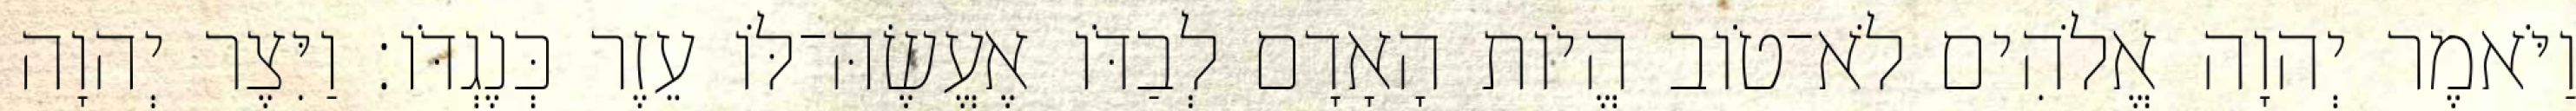
וַיֹּאמֶר יְהוָה אֱלֹהִים לֹא־טֹוב הֱיֹות הָאָדָם לְבַדֹּו אֶעֱשֶׂהּ־לֹּו עֵזֶר כְּנֶגְדֹּו׃ וַיִּצֶר יְהוָה